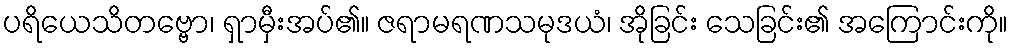
ပရိယေသိတဗ္ဗော၊ ရှာမှီးအပ်၏။ ဇရာမရဏသမုဒယံ၊ အိုခြင်း သေခြင်း၏ အကြောင်းကို။